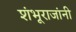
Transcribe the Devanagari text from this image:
शंभूराजांनी